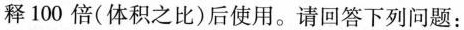
释100倍(体积之比)后使用。请回答下列问题：